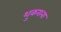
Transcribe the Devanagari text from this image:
शुकराना